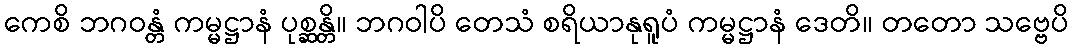
ကေစိ ဘဂဝန္တံ ကမ္မဋ္ဌာနံ ပုစ္ဆန္တိ။ ဘဂဝါပိ တေသံ စရိယာနုရူပံ ကမ္မဋ္ဌာနံ ဒေတိ။ တတော သဗ္ဗေပိ